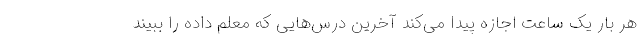
هر بار یک ساعت اجازه پیدا می‌کند آخرین درس‌هایی که معلم داده را ببیند